Civil Veterinary Department Bihar & Orissa reports 1922-29 - 1922-1929
Year: 1922
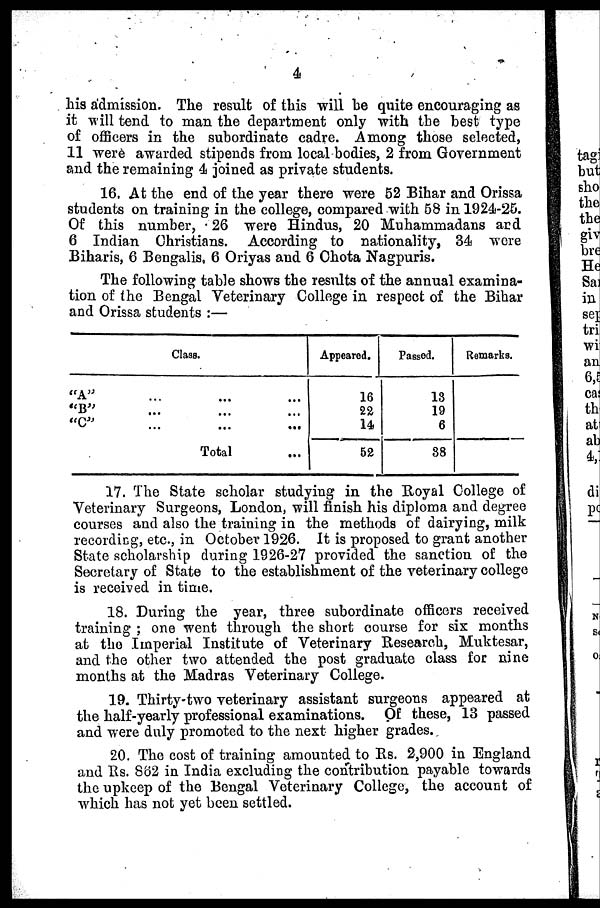
4
his admission. The result of this will be quite encouraging as
it will tend to man the department only with the best type
of officers in the subordinate cadre. Among those selected,
11 were awarded stipends from local bodies, 2 from Government
and the remaining 4 joined as private students.
16, At the end of the year there were 52 Bihar and Orissa
students on training in the college, compared with 58 in 1924-25.
Of this number, 26 were Hindus, 20 Muhammadans and
6 Indian Christians. According to nationality, 34 were
Biharis, 6 Bengalis, 6 Oriyas and 6 Ohota Nagpuris.
The following table shows the results of the annual examina-
tion of the Bengal Veterinary College in respect of the Bihar
and Orissa students :—
Class.
"A" ... ... ...
"B" ... ... ...
"C" ... ... ...
Total ...
Appeared.
16
22
14
52
Passed.
13
19
6
38
Remarks.
17. The State scholar studying in the Royal College of
Veterinary Surgeons, London, will finish his diploma and degree
courses and also the training in the methods of dairying, milk
recording, etc., in October 1926. It is proposed to grant another
State scholarship during 1926-27 provided the sanction of the
Secretary of State to the establishment of the veterinary college
is received in time.
18. During the year, three subordinate officers received
training ; one went through the short course for six months
at the Imperial Institute of Veterinary Research, Muktesar,
and the other two attended the post graduate class for nine
months at the Madras Veterinary College.
19. Thirty-two veterinary assistant surgeons appeared at
the half-yearly professional examinations. Of these, 13 passed
and were duly promoted to the next higher grades.
20. The cost of training amounted to Rs. 2,900 in England
and Rs. 862 in India excluding the contribution payable towards
the upkeep of the Bengal Veterinary College, the account of
which has not yet been settled.